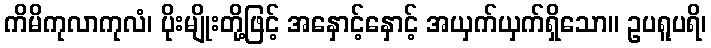
ကိမိကုလာကုလံ၊ ပိုးမျိုးတို့ဖြင့် အနှောင့်နှောင့် အယှက်ယှက်ရှိသော။ ဥပရူပရိ၊